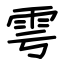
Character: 雩